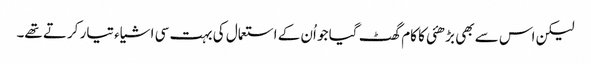
لیکن اس سے بھی بڑھئی کا کام گھٹ گیا جو اُن کے استعمال کی بہت سی اشیاء تیار کرتے تھے۔